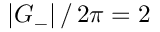
| G _ { - } | \, / \, 2 \pi = 2